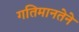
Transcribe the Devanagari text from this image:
गतिमानतेने